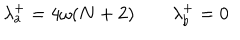
\lambda _ { a } ^ { + } = 4 \omega ( N + 2 ) \qquad \lambda _ { b } ^ { + } = 0